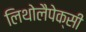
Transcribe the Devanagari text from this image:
लिथोलैपेक्सी